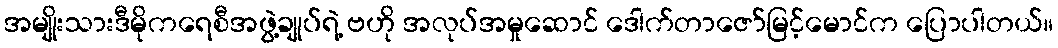
အမျိုးသားဒီမိုကရေစီအဖွဲ့ချုပ်ရဲ့ ဗဟို အလုပ်အမှုဆောင် ဒေါက်တာဇော်မြင့်မောင်က ပြောပါတယ်။